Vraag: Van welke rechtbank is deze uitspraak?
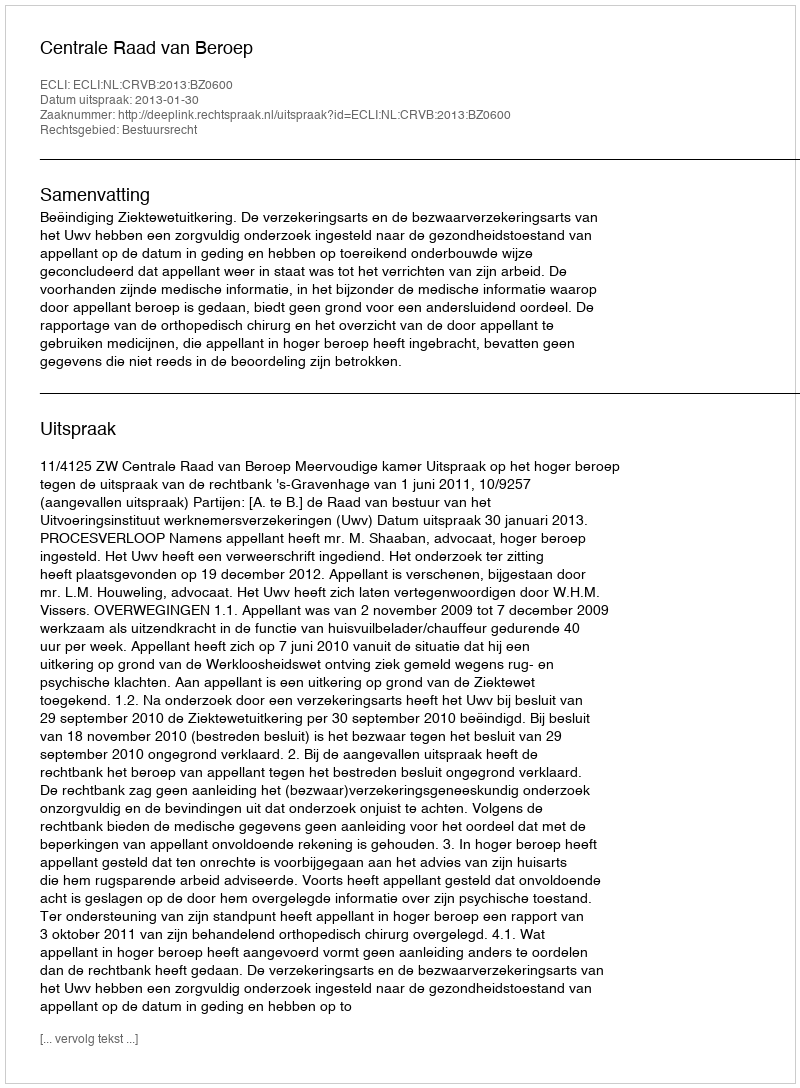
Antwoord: Centrale Raad van Beroep